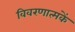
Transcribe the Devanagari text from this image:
विवरणात्मकें